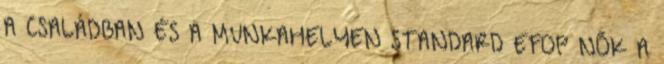
A CSALÁDBAN ÉS A MUNKAHELYEN STANDARD EFOP NŐK A